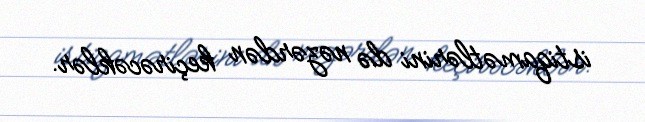
istiqamətlərini də nəzərdən keçirəcəklər.